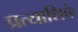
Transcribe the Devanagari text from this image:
प्रत्याशिके